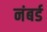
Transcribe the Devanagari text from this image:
नंबर्ड